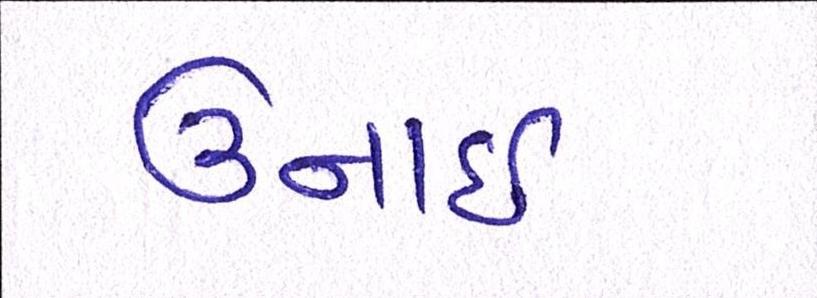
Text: ઉનાઈ